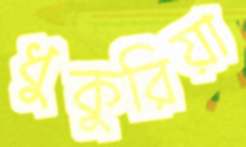
ধুকুরিয়া